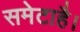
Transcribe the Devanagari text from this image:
समेटाहै।